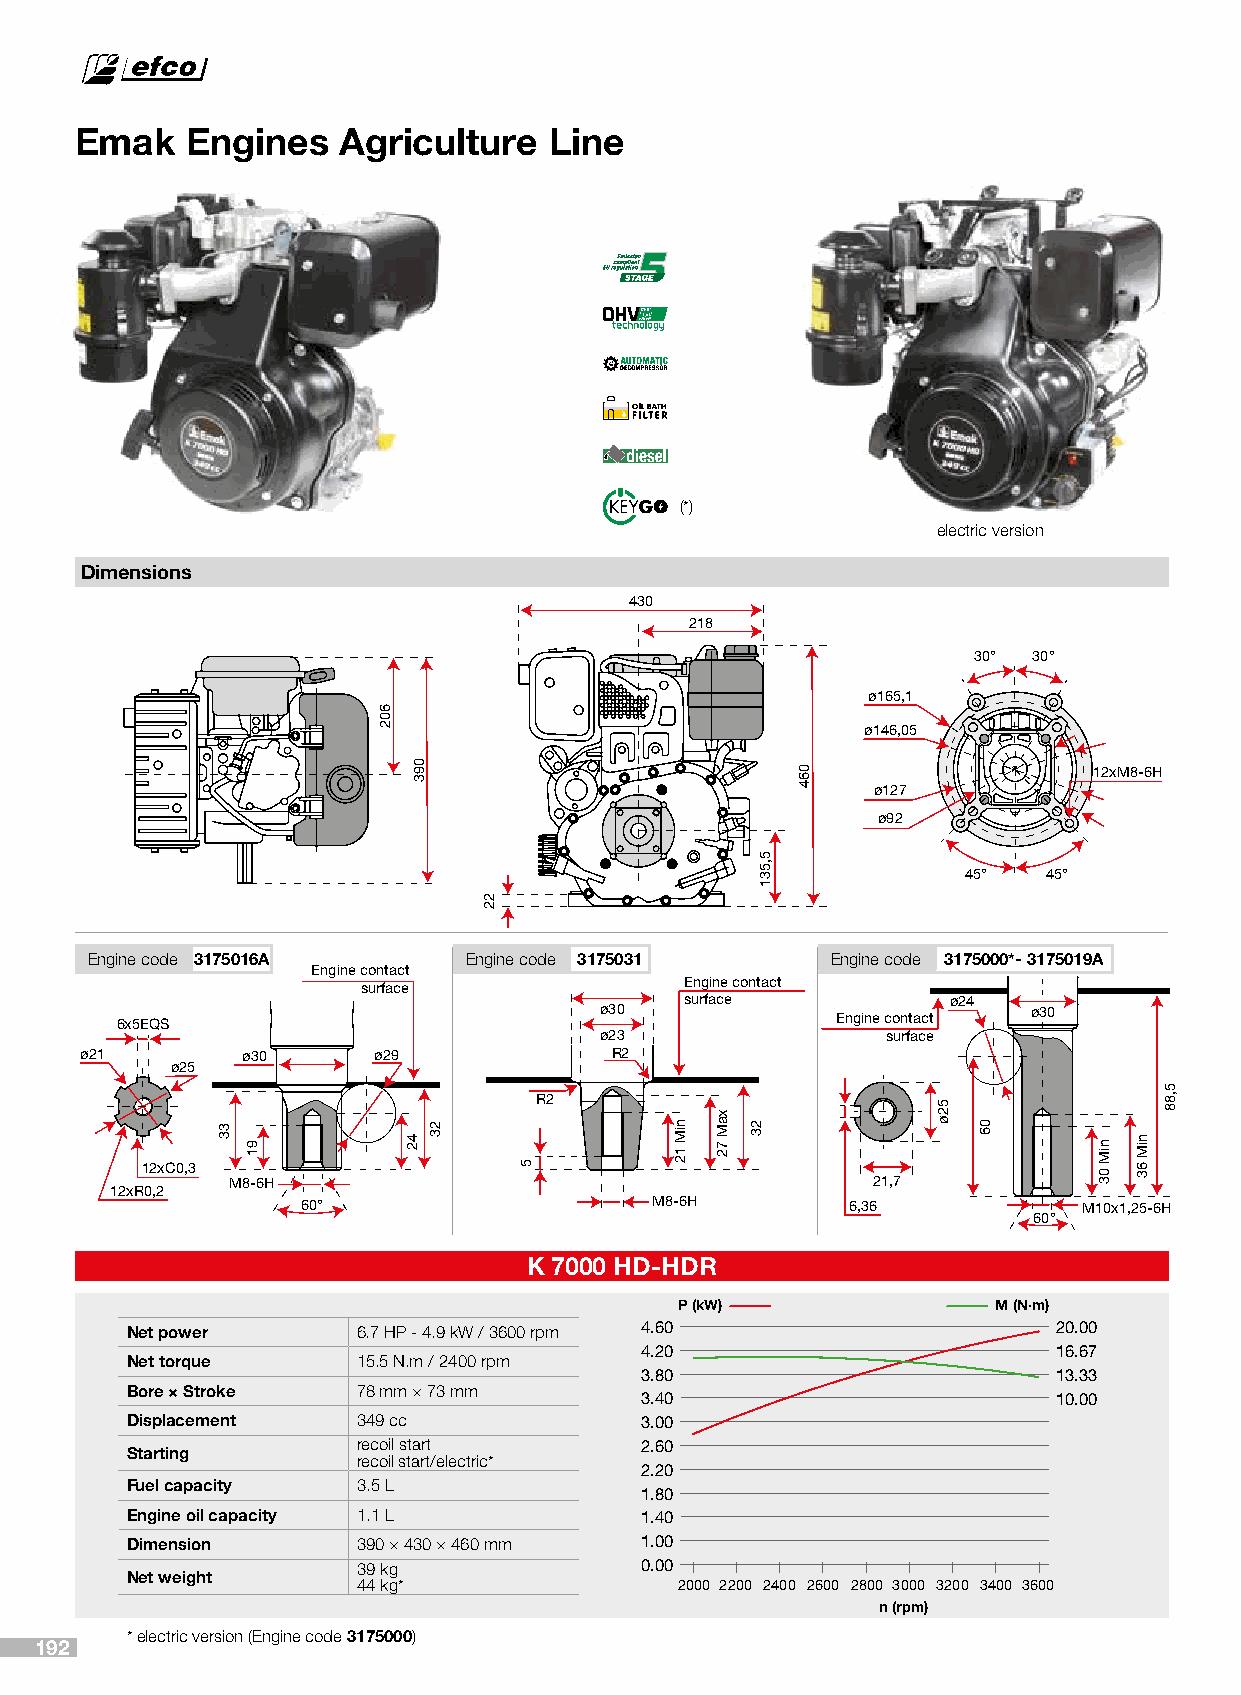
Emak   Engines    Agriculture  Line
 (*)
 electric version
 Dimensions
 430
 218
 30° 30°
 ø165,1
 ø146,05
 12xM8-6H
 ø127
 ø92
 45°  45°
 Engine code 3175016A     Engine code 3175031     Engine code 3175000*- 3175019A
 Engine contact
 Engine contact
 surface
 surface           ø24
 6x5EQS                          ø30            Engine contact ø30
 ø23                surface
 ø21        ø30      ø29            R2
 ø25
 R2
 12xC0,3
 M8-6H                                      21,7
 12xR0,2
 60°                    M8-6H        6,36            M10x1,25-6H
 60°
 K 7000 HD-HDR
 P (kW)               M (N·m)
 Net power       6.7 HP - 4.9 kW / 3600 rpm 4.60               20.00
 4.20                        16.67
 Net torque      15.5 N.m / 2400 rpm
 3.80                        13.33
 Bore × Stroke   78 mm × 73 mm
 3.40                        10.00
 Displacement    349 cc            3.00
 recoil start      2.60
 Starting
 recoil start/electric*
 2.20
 Fuel capacity   3.5 L
 1.80
 Engine oil capacity 1.1 L         1.40
 Dimension       390 × 430 × 460 mm 1.00
 39 kg             0.00
 Net weight
 44 kg*               2000 2200 2400 2600 2800 3000 3200 3400 3600
 n (rpm)
 * electric version (Engine code 3175000)
 192
 33
 91
 602
 42
 093
 23
 22
 5
 niM
 12
 xaM
 72
 23
 5,531
 064
 52ø
 06
 niM
 03
 niM
 63
 5,88